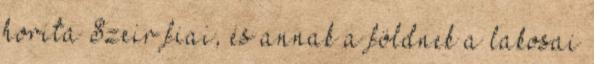
horita Szeir fiai, és annak a földnek a lakosai